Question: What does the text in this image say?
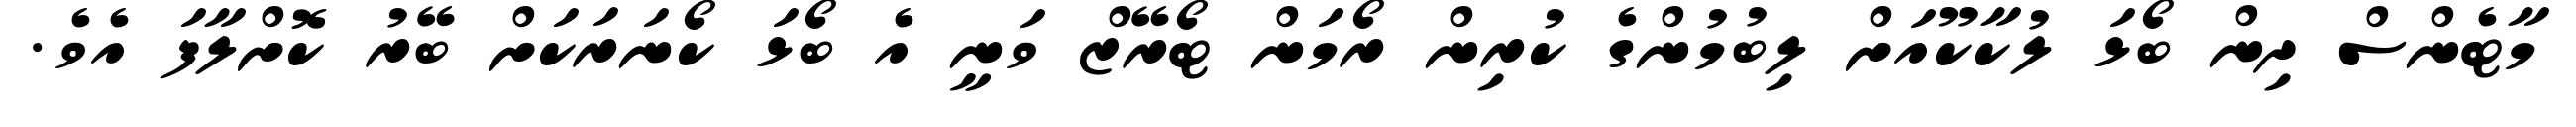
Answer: މާޓެންސް ދިން ބޯޅަ ލުކާކޫއަށް ލިބުމުންގެ ކުރިން ރޯމަން ޓޯރޭޒް ވަނީ އެ ބޯޅަ ކޯނަރަކަށް ބޭރު ކޮށްލާފަ އެވެ.